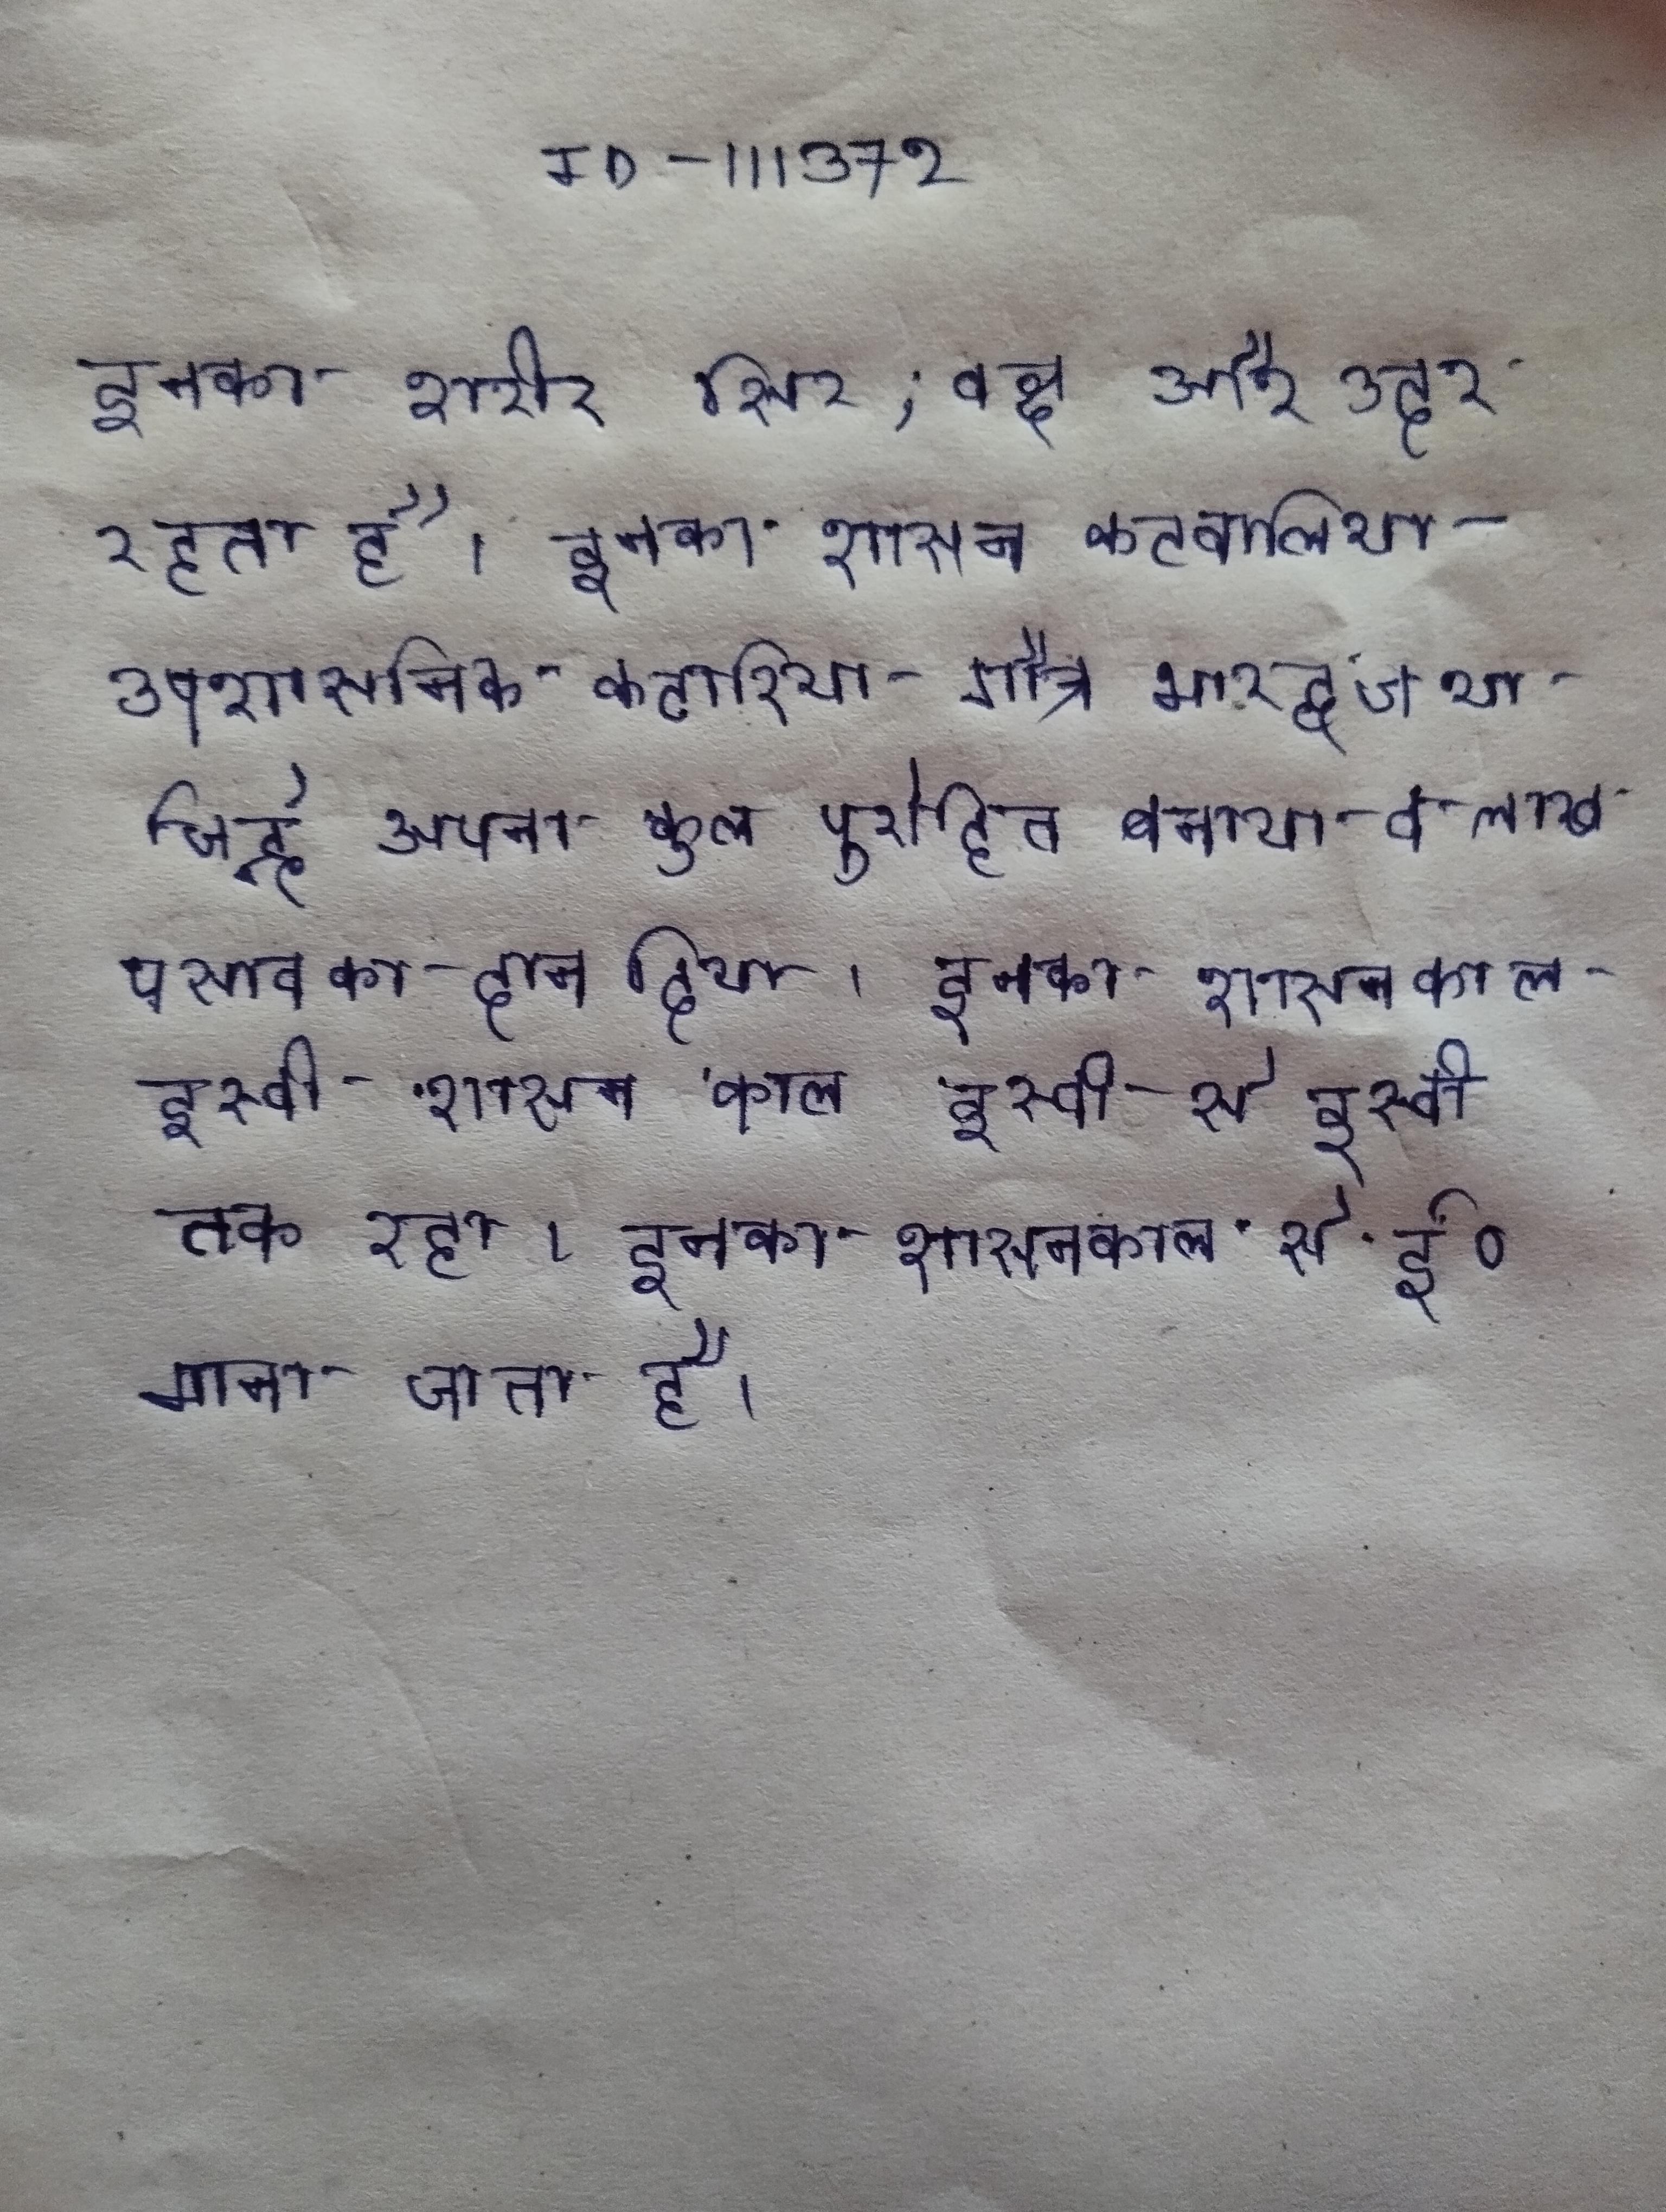
इनका शरीर सिर, वक्ष और उदर रहता है । इनका शासन कटवालिया उपशासनिक कटारिया गौत्र भारद्वाज था जिन्हे अपना कुल पुरोहित बनाया व लाख पसाव का दान दिया । इनका शासन काल इस्वी से इस्वी तक रहा । इनका शासनकाल से ई० माना जाता है ।